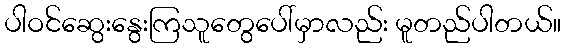
ပါဝင်ဆွေးနွေးကြသူတွေပေါ်မှာလည်း မူတည်ပါတယ်။